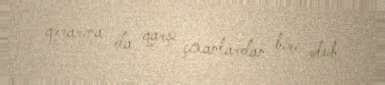
qərarına da qarşı çıxanlardan biri olub.